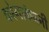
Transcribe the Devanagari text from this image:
करेगाकंपनी